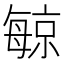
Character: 𪵔